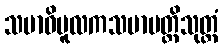
သမာဓိမူလကသမာပတ္တိသုတ္တံ